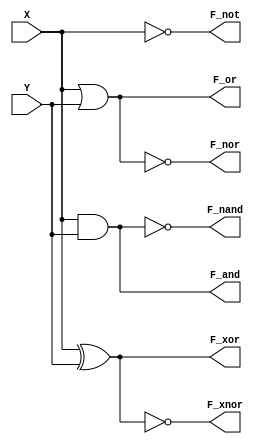
module bvrl_model(
    input X, Y,
    output reg F_and,
    output reg F_or,
    output reg F_xor,
    output reg F_not,
    output reg F_nand,
    output reg F_nor,
    output reg F_xnor);
    always@(*)
        begin
            F_and = X&Y;
            F_or = X|Y;
	    F_xor = X^Y;
            F_not = ~X;
            F_nand = ~(X&Y);
            F_nor = ~(X|Y);
            F_xnor = ~(X^Y);
        end 
endmodule